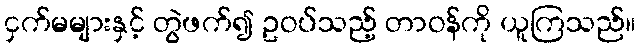
ငှက်မများနှင့် တွဲဖက်၍ ဥဝပ်သည့် တာဝန်ကို ယူကြသည်။